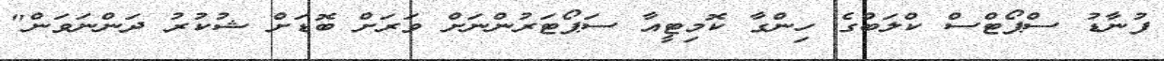
ފުނާޑު ސްޕޯޓްސް ކްލަބްގެ ހިންގާ ކޮމިޓީއާ ސަޕޯޓަރުންނަށް ވަރަށް ބޮޑަށް ޝުކުރު ދަންނަވަން"